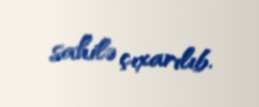
sahilə çıxarılıb.